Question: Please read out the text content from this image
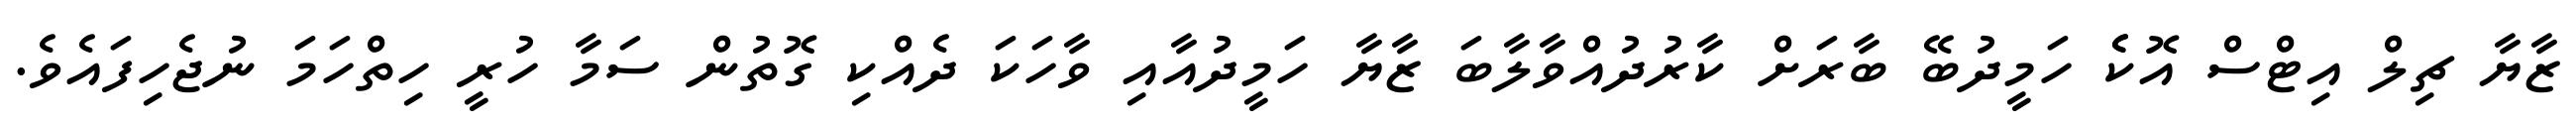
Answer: ޒާޔާ ޗިލް އިޓްސް އޮކެެ ހަމީދުބޭ ބާރަށް ކާރުދުއްވާލާބަ ޒާޔާ ހަމީދުއާއި ވާހަކަ ދެއްކި ގޮތުން ސަމާ ހުރީ ހިތްހަމަ ނުޖެހިފައެވެ.